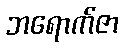
ဘရောက်ဇာ